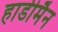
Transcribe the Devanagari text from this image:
हार्डीमैन